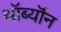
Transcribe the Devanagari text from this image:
थॉर्ब्यॉन